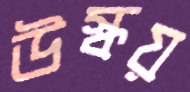
উস্‌কয়